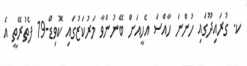
ކ. ގުރައިދޫގައި ހުންނަ ހާއްސަ އެހީއަށް ބޭނުންވާ މަރުކަޒުގައި ކޮވިޑް-19 ފެތުރޭތީ އެ